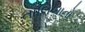
તાલિબાનો